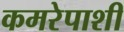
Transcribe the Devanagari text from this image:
कमरेपाशी